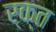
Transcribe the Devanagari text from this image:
र्क्त